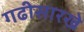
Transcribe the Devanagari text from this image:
गढीसारखे